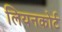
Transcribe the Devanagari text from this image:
लियनकोर्ट